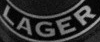
LAGER